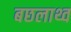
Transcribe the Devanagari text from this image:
बछलाथ्व